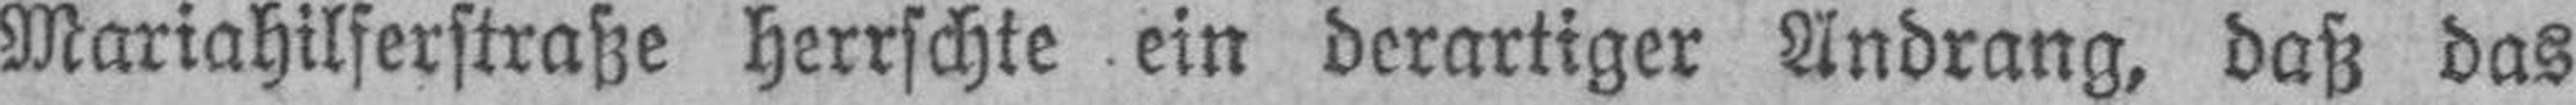
Mariahilferstraße herrschte ein derartiger Andrang, daß das